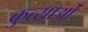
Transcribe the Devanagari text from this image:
कुत्साओं